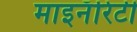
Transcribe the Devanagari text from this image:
माइनॅरिटी